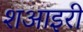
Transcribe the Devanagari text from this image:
शआइरी